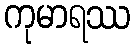
ကုမာရဿ